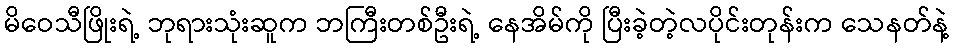
မိဝေသီဖြိုးရဲ့ ဘုရားသုံးဆူက ဘကြီးတစ်ဦးရဲ့ နေအိမ်ကို ပြီးခဲ့တဲ့လပိုင်းတုန်းက သေနတ်နဲ့